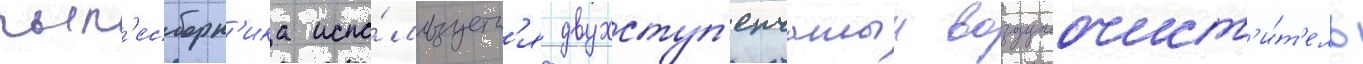
пыл'есборн'ика испо́льзуетс'я двухступ'енчатыи воздухоочист'и́т'ель